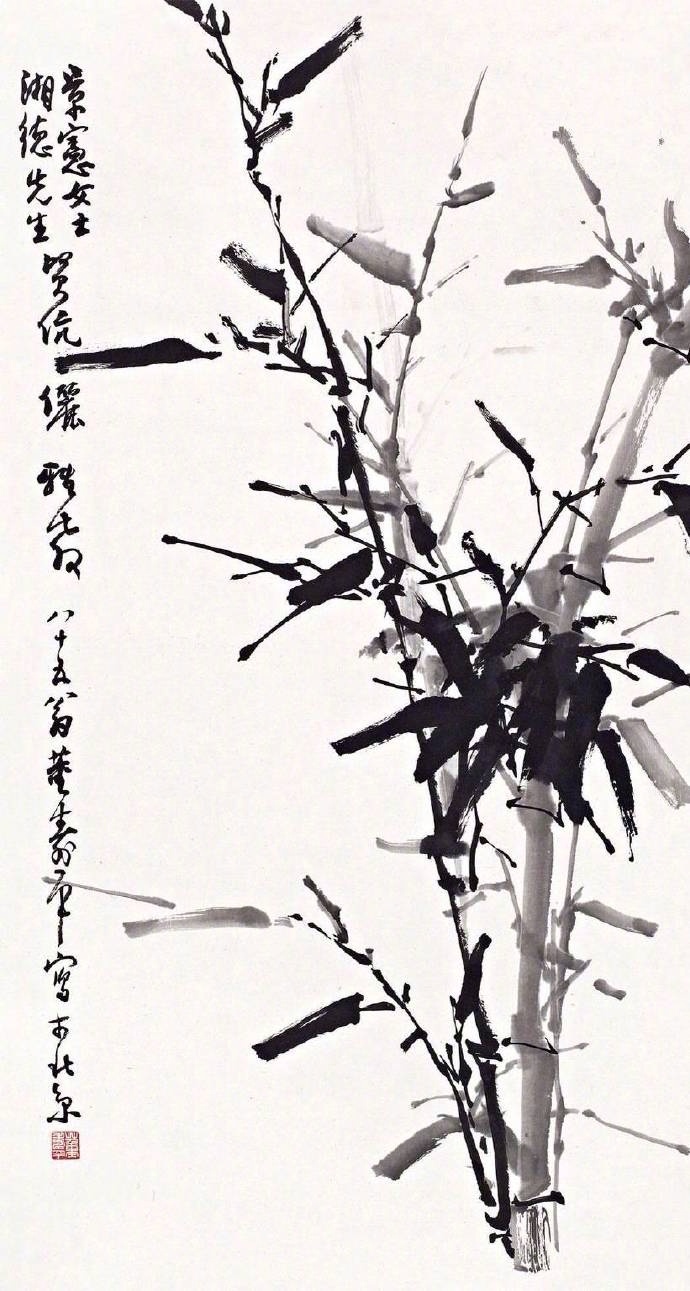
君看萧萧只数叶，满堂风雨不胜寒。